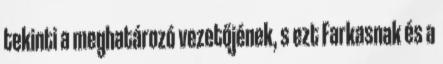
tekinti a meghatározó vezetőjének, s ezt Farkasnak és a